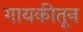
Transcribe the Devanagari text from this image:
गायकीतून